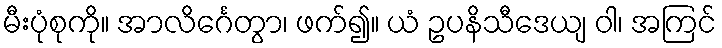
မီးပုံစုကို။ အာလိင်္ဂေတွာ၊ ဖက်၍။ ယံ ဥပနိသီဒေယျ ဝါ၊ အကြင်